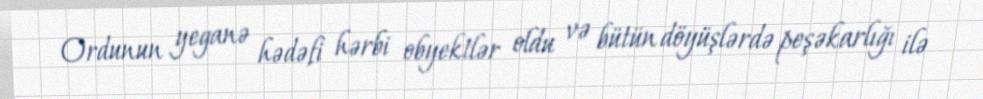
Ordunun yeganə hədəfi hərbi obyektlər oldu və bütün döyüşlərdə peşəkarlığı ilə